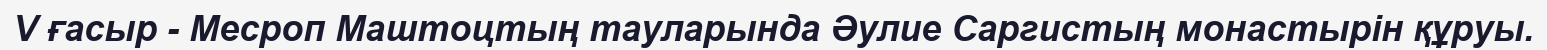
V ғасыр - Месроп Маштоцтың тауларында Әулие Саргистың монастырін құруы.